Scottish Leaving Certificate Examination, 1961
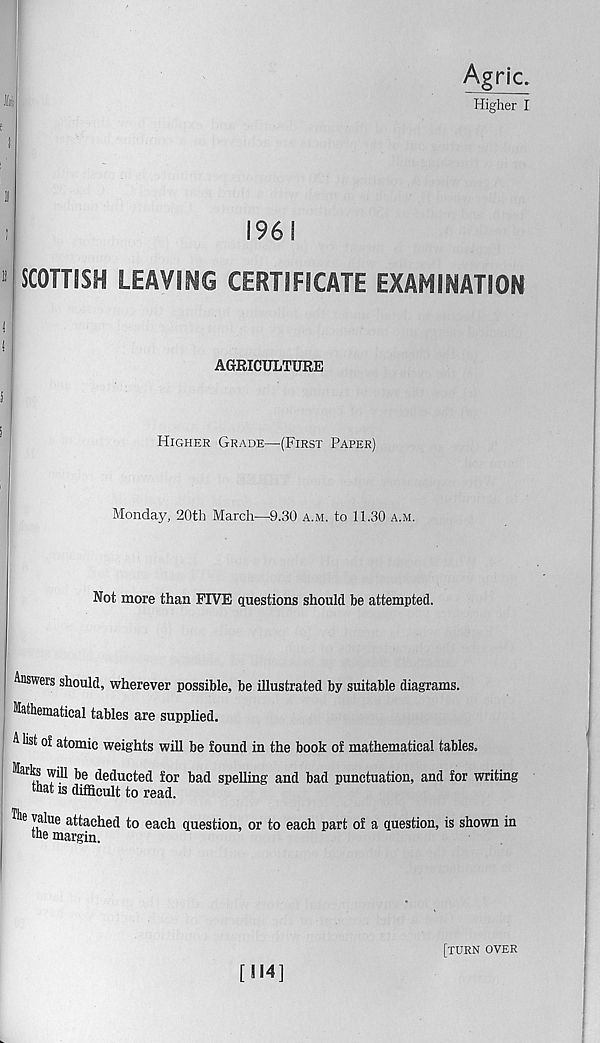
SCOTTISH LEAVING CERTIFICATE EXAMINATION
AGRICULTURE
Higher Grade—(First Paper)
Monday, 20th March—9.30 a.m. to 11.30 a.m.
Not more than FIVE questions should be attempted.
Answers should, wherever possible, be illustrated by suitable diagrams.
Mathematical tables are supplied.
A list oJ atomic weights will be found in the book of mathematical tables.
Marks will be deducted for bad spelling and bad punctuation, and for writing
that is difficult to read.
Ihe value attached to each question, or to each part of a question, is shown in
the margin.
[114]
[turn over